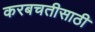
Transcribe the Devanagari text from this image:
करबचतीसाठी